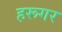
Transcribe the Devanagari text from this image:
हरूगर